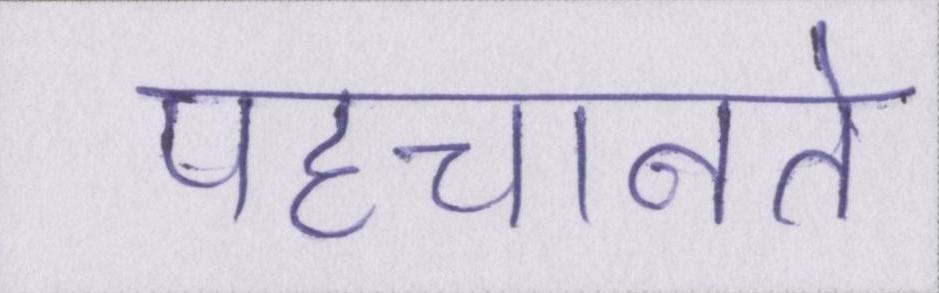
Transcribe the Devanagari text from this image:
पहचानते